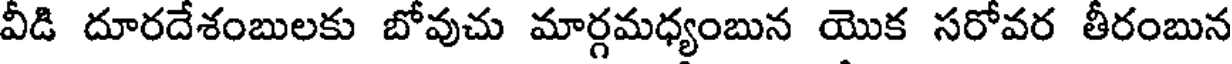
వీడి దూరదేశంబులకు బోవుచు మార్గమధ్యంబున యొక సరోవర తీరంబున